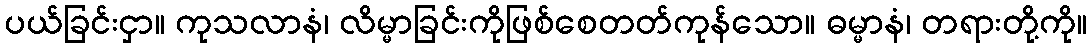
ပယ်ခြင်းငှာ။ ကုသလာနံ၊ လိမ္မာခြင်းကိုဖြစ်စေတတ်ကုန်သော။ ဓမ္မာနံ၊ တရားတို့ကို။